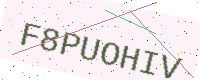
Text: F8PUOHIV